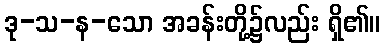
ဒု-သ-န-သော အခန်းတို့၌လည်း ရှိ၏။